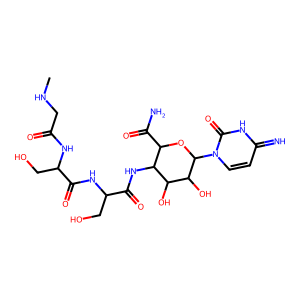
SMILES: CNCC(=O)NC(CO)C(=O)NC(CO)C(=O)NC1C(C(N)=O)OC(n2ccc(=N)[nH]c2=O)C(O)C1O
Inhibits HIV replication: No